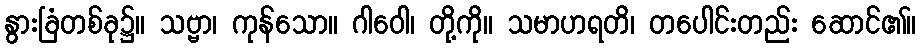
နွားခြံတစ်ခု၌။ သဗ္ဗာ၊ ကုန်သော။ ဂါဝေါ၊ တို့ကို။ သမာဟရတိ၊ တပေါင်းတည်း ဆောင်၏။